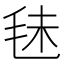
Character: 𣭐